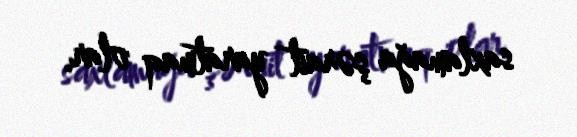
saxlamağa şərait yaratmaq olar.